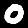
Digit: 0